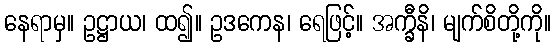
နေရာမှ။ ဥဋ္ဌာယ၊ ထ၍။ ဥဒကေန၊ ရေဖြင့်။ အက္ခီနိ၊ မျက်စိတို့ကို။